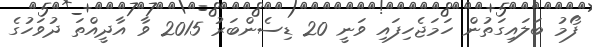
ފޯމު ބަލައިގަތުން ހަމަޖެހިފައި ވަނީ 20 ޑިސެންބަރު 2015 ވާ އާދީއްތަ ދުވަހުގެ